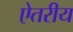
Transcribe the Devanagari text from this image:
ऐतरीय